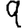
Digit: 9